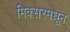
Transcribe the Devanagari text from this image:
मिक्सरमधून